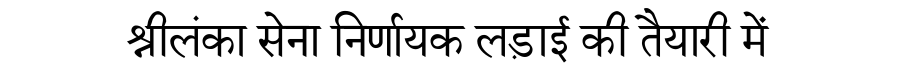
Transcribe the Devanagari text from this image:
श्रीलंका सेना निर्णायक लड़ाई की तैयारी में